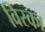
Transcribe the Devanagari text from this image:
विस्का